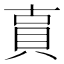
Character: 𧵎